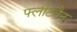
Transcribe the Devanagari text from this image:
फ्लीटवैन